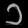
Digit: ၁